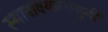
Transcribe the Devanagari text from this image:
स्थापावयालागुनी